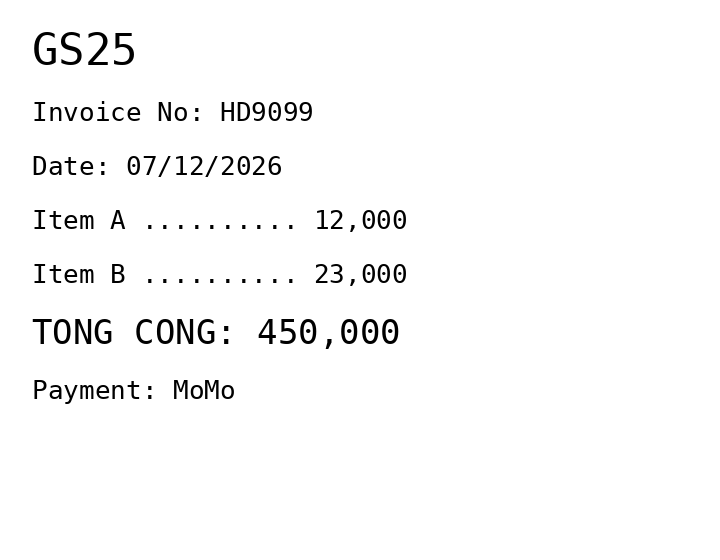
GS25
Invoice No: HD9099
Date: 07/12/2026
Item A .......... 12,000
Item B .......... 23,000
TONG CONG: 450,000
Payment: MoMo
Merchant: gs25
Date: 2026-12-07
Total: 450000
Invoice No: HD9099
Payment method: MOMO